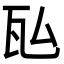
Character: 𬎤